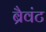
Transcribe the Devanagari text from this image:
ब्रैवंट